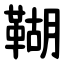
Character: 䩴